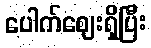
ပေါက်ဈေးရှိပြီး